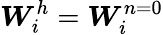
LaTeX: \boldsymbol{W}_{i}^{h}=\boldsymbol{W}_{i}^{n=0}